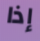
إذا